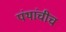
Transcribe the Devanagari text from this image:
पंथांचीच